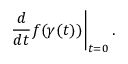
\left. { \frac { d } { d t } } f ( \gamma ( t ) ) \right| _ { t = 0 } .